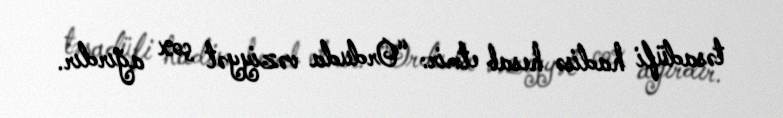
təsadüfi hadisə hesab etmir: “Orduda vəziyyət çox ağırdır.